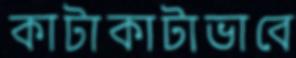
কাটাকাটাভাবে